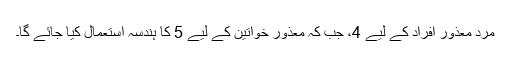
مرد معذور افراد کے لیے 4، جب کہ معذور خواتین کے لیے 5 کا ہندسہ استعمال کیا جائے گا۔